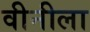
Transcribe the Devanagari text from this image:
वीनीला